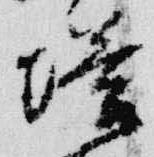
塔